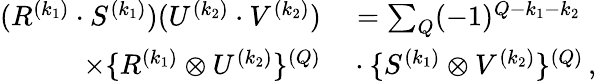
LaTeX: \begin{array}{rl}{(R^{(k_{1})}\cdot S^{(k_{1})})(U^{(k_{2})}\cdot{V^{(k_{2})}})}&{{}=\sum_{Q}(-1)^{Q-k_{1}-k_{2}}}\\ {\times\{ R^{(k_{1})}\otimes U^{(k_{2})}\} ^{(Q)}}&{{}\cdot{\{ S^{(k_{1})}\otimes V^{(k_{2})}}\} ^{(Q)}\, ,}\end{array}